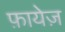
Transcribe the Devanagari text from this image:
फ़ायेज़